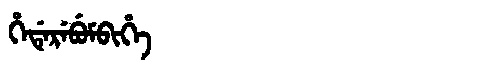
Manchu: ᡥᡝᡩᡝᡵᡝᠪᡠᠮᠪᡳᡥᡝ
Romanization: HEDEREBUMBIHE